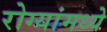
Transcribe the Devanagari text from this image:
रोग्यांमध्ये